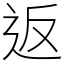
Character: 返